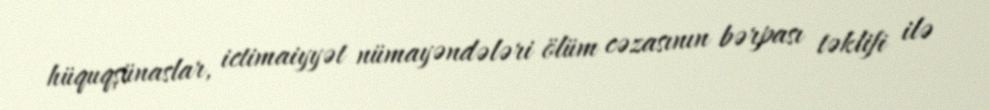
hüquqşünaslar, ictimaiyyət nümayəndələri ölüm cəzasının bərpası təklifi ilə